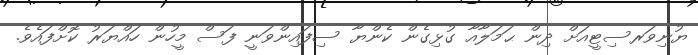
ޔުނިވަރސިޓީއަށް ދިން ޙަމަލާއާ ގުޅިގެން ކެންޔާ ސިފައިންވަނީ ފަސް މީހުން ހައްޔަރު ކޮށްފައެވެ.